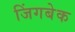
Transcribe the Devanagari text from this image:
जिंगबेक